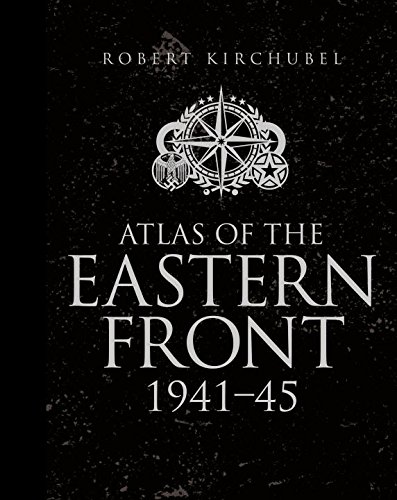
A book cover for Atlas of the Eastern Front: 1941-45 (General Military); Robert Kirchubel; History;